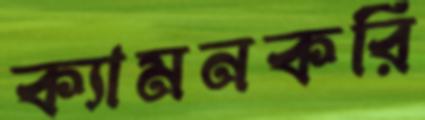
ক্যামনকরি